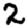
Digit: 2